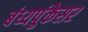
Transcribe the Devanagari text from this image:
बंध्यपुंकेसर